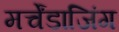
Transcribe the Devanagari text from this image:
मर्चेंडाजिंग